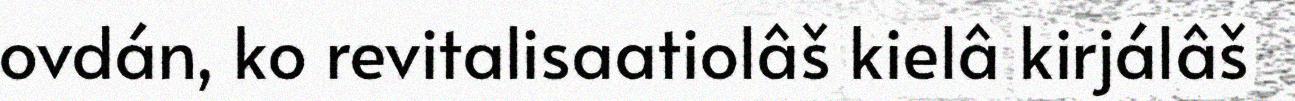
ovdán, ko revitalisaatiolâš kielâ kirjálâš